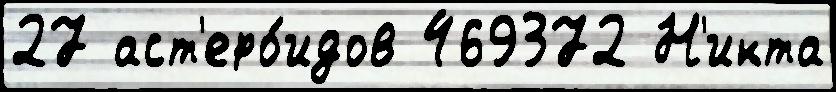
27 аст'еро́идов 469372 Н'икта